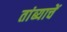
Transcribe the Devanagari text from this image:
तांब्याचें